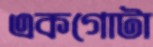
একগোটা